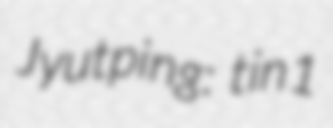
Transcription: Jyutping: tin1